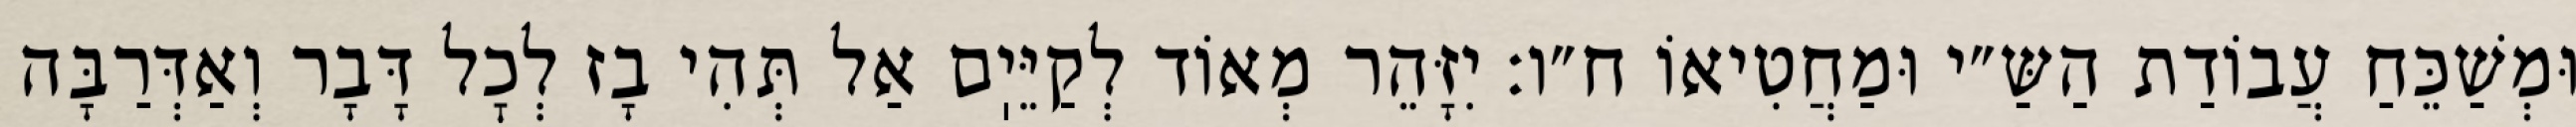
וּמְשַׁכֵּחַ עֲבוֹדַת הַשַּ״י וּמַחֲטִיאוֹ ח״ו: יִזָּהֵר מְאוֹד לְקַיֵּיֽם אַל תְּהִי בָז לְכׇל דָּבָר וְאַדְּרַבָּה